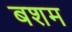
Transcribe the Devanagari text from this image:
बशम